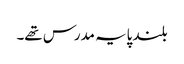
بلند پایہ مدرس تھے۔